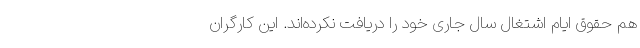
هم حقوق ایام اشتغال سال جاری خود را دریافت نکرده‌اند. این کارگران